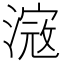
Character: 𣻎